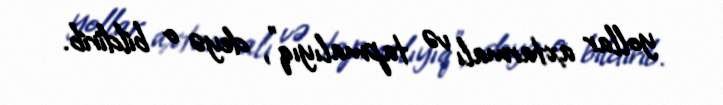
yollar axtarmalı və tapmalıyıq”, deyə o bildirib.